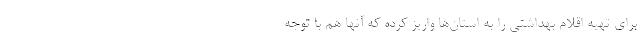
برای تهیه اقلام بهداشتی را به استان‌ها واریز کرده که آنها هم با توجه